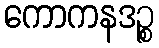
ကောကနဒဉ္စ